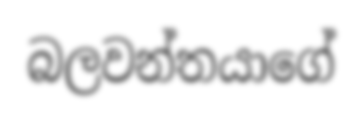
බලවන්තයාගේ